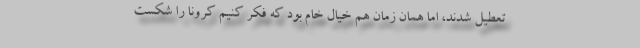
تعطیل شدند، اما همان زمان هم خیال خام بود که فکر کنیم کرونا را شکست